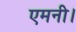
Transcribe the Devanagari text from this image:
एमनी।